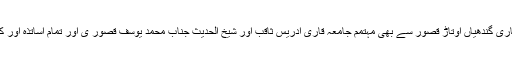
اور میرے جامعہ محمدبن اسماعیل البخاری گندھیاں اوتاڑ قصور سے بھی مہتمم جامعہ قاری ادریس ثاقب اور شیخ الحدیث جناب محمد یوسف قصور ی اور تمام اساتذہ اور کافی طلبا نماز جنازہ میں شریک ہوئے ۔